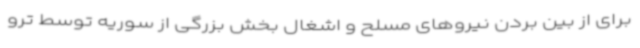
برای از بین بردن نیروهای مسلح و اشغال بخش بزرگی از سوریه توسط ترو